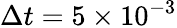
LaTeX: \Delta t=5\times 10^{-3}